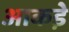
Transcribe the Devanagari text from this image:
आकडे़